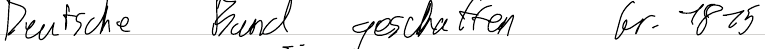
Deutsche Bund geschaffen Gr. 1815